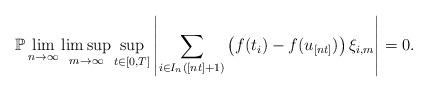
LaTeX: \begin{align*}\mathbb{P}\lim_{n\rightarrow \infty }\limsup_{m\rightarrow \infty}\sup_{t\in \lbrack 0,T]}\left\vert \sum_{i\in I_{n}([nt]+1)}\left(f(t_{i})-f(u_{[nt]})\right) \xi _{i,m}\right\vert =0. \end{align*}